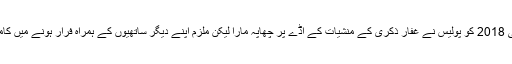
10 جولائی 2018 کو پولیس نے غفار ذکری کے منشیات کے اڈے پر چھاپہ مارا لیکن ملزم اپنے دیگر ساتھیوں کے ہمراہ فرار ہونے میں کامیاب ہوگیا۔